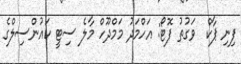
ފިނި ޕާކް  ވަގުތު ފޮޓޯ: އަހްމަދު މަމްދޫހް މާލެ ސިޓީ ކައުންސިލްގެ